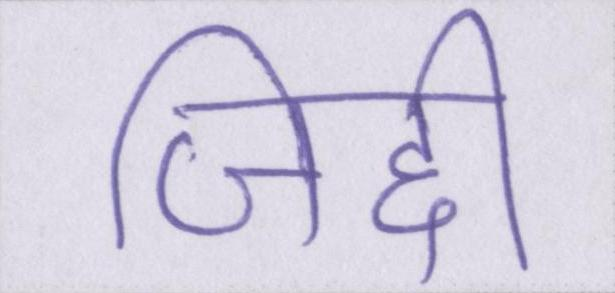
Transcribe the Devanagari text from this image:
जिद्दी